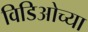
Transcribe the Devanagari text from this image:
विडिओच्या